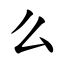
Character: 么